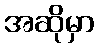
အဆိုမှာ